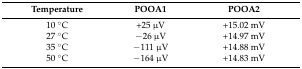
<table><thead><tr><td><b>Temperature</b></td><td><b>POOA1</b></td><td><b>POOA2</b></td></tr></thead><tbody><tr><td>10 °C</td><td>+25 μV</td><td>+15.02 mV</td></tr><tr><td>27 °C</td><td>−26 μV</td><td>+14.97 mV</td></tr><tr><td>35 °C</td><td>−111 μV</td><td>+14.88 mV</td></tr><tr><td>50 °C</td><td>−164 μV</td><td>+14.83 mV</td></tr></tbody></table>